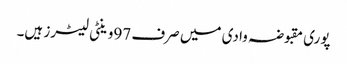
پوری مقبوضہ وادی میں صرف 97وینٹی لیٹرز ہیں۔